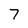
Character: 7